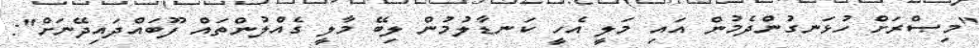
"މިޞްރަށް ހުޅަނގުންދެމުން އައި މަލީ އެހީ ކަނޑާލުމުން ލިބޭ މާލީ ގެއްލުންތައް ފޫބައްދައިދޭނަށް":